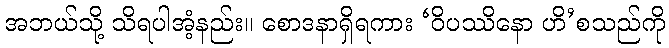
အဘယ်သို့ သိရပါအံ့နည်း။ စောဒနာရှိရကား ‘ဝိပဿိနော ဟိ’စသည်ကို